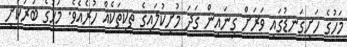
މަހުގެ ހަށިގަނޑުގައި ވަރަށް ގިނައިން ގަދަ މުށިކުލައިގެ ތިކިތަކެއް ހުރެއެވެ. މަހުގެ ބުރަކަށި